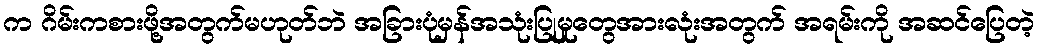
က ဂိမ်းကစားဖို့အတွက်မဟုတ်ဘဲ အခြားပုံမှန်အသုံးပြုမှုတွေအားလုံးအတွက် အရမ်းကို အဆင်ပြေတဲ့